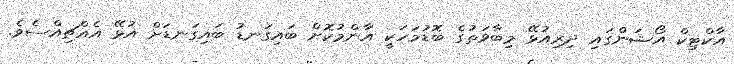
އާކްޓިކް އޯޝަންގައި ދިރިއުޅޭ މިބާވަތުގެ ބޮޑުމަހަކީ އާންމުކޮށް ބައިގަނޑު ބައިގަނޑަށް އުޅޭ އެއްޗިއްސެވެ.